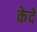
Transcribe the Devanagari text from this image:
केदे